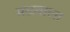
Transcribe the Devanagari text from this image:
मळ्याला